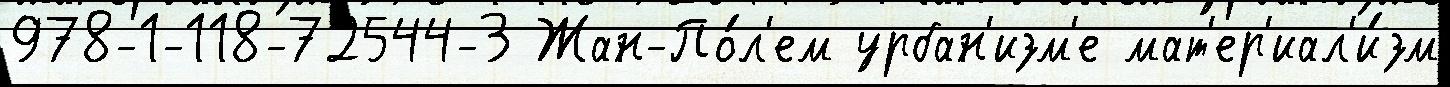
978-1-118-72544-3 Жан-По́л'ем урбан'изм'е мат'ер'иал'и́зм